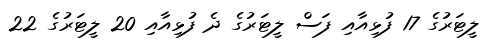
ލީޓަރުގެ 17 ފުޅިއާއި ފަސް ލީޓަރުގެ ދެ ފުޅިއާއި 20 ލީޓަރުގެ 22